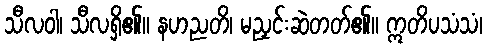
သီလဝါ၊ သီလရှိ၏။ နဟညတိ၊ မညှင်းဆဲတတ်၏။ ဣတိပသံသံ၊